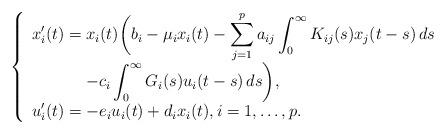
LaTeX: \begin{align*}\left\{\begin{array}{ll}\displaystyle{x_i^{\prime}(t)=x_i(t)\biggl(b_i-\mu_i x_i(t)-\sum_{j=1}^p a_{ij} \int_0^{\infty}K_{ij}(s)x_j(t-s)\, ds} \\\ \ \ \ \ \ \ \ \ \ \displaystyle{-c_i \int_0^{\infty}G_i(s)u_i(t-s)\, ds\biggr)}, \\\displaystyle{u_i^{\prime}(t)=-e_i u_i(t)+d_i x_i(t), i=1,\ldots,p}. \\\end{array}\right.\end{align*}